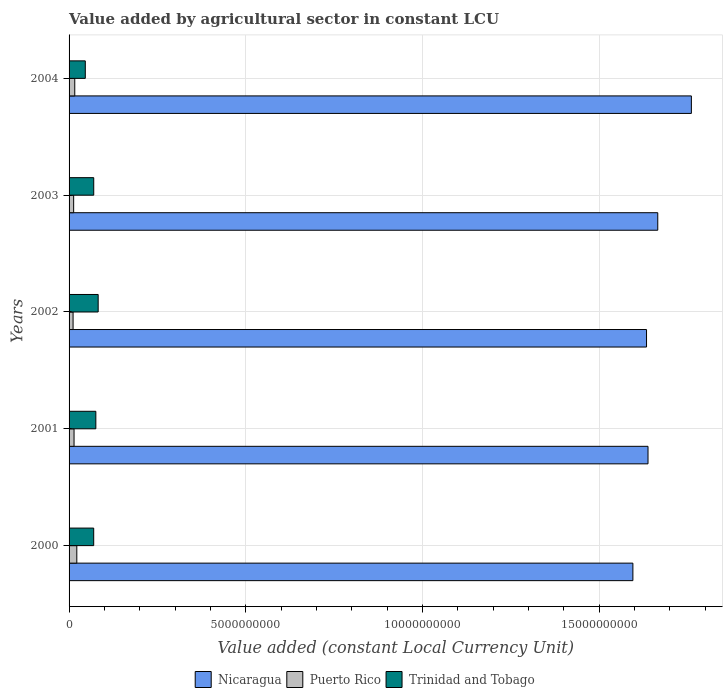
| Years | Nicaragua | Puerto Rico | Trinidad and Tobago |
 | --- | --- | --- | --- |
 | 2000 | 1.6e+10 | 2.19e+08 | 6.97e+08 |
 | 2001 | 1.64e+10 | 1.41e+08 | 7.58e+08 |
 | 2002 | 1.63e+10 | 1.13e+08 | 8.24e+08 |
 | 2003 | 1.67e+10 | 1.3e+08 | 6.98e+08 |
 | 2004 | 1.76e+10 | 1.61e+08 | 4.59e+08 |